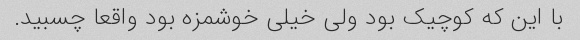
با این که کوچیک بود ولی خیلی خوشمزه بود واقعا چسبید.